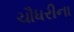
ચૌધરીના